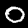
Label: 0